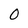
Character: O